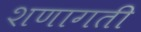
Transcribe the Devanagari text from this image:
शणागती